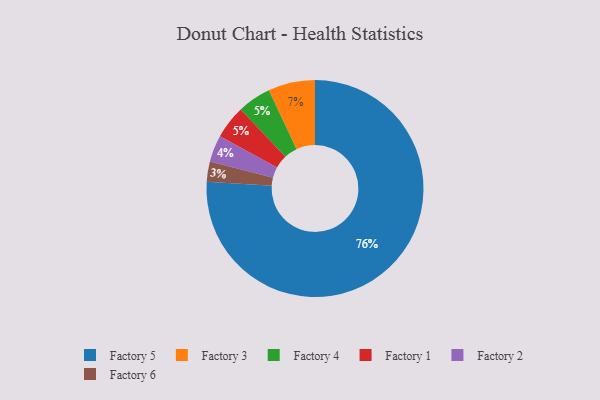
{"axis": {"x": "Category", "y": "Percentage"}, "legend": ["Factory 1", "Factory 2", "Factory 3", "Factory 4", "Factory 5", "Factory 6"], "data": [{"x": "Factory 5", "y": 76, "type": "Factory 5"}, {"x": "Factory 6", "y": 3, "type": "Factory 6"}, {"x": "Factory 3", "y": 7, "type": "Factory 3"}, {"x": "Factory 2", "y": 4, "type": "Factory 2"}, {"x": "Factory 4", "y": 5, "type": "Factory 4"}, {"x": "Factory 1", "y": 5, "type": "Factory 1"}]}